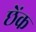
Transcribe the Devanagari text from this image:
छेंक